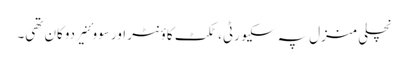
نچلی منزل پہ سکیورٹی، ٹکٹ کاؤنٹر اور سووئنیر دوکان تھی۔